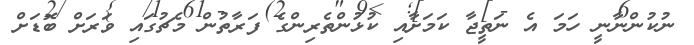
ނުކުންނާނީ ހަމަ އެ ނަތީޖާ ކަމަށާއި ކުޅުންތެރިންގެ ފަރާތުން މެޗުގައި ވަރަށް ބޮޑަށް